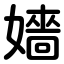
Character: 嬙